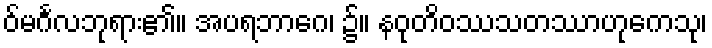
ဝ်မင်္ဂလဘုရား၏။ အပရဘာဂေ၊ ၌။ နဝုတိဝဿသတဿာဟုကေသု၊